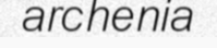
archenia